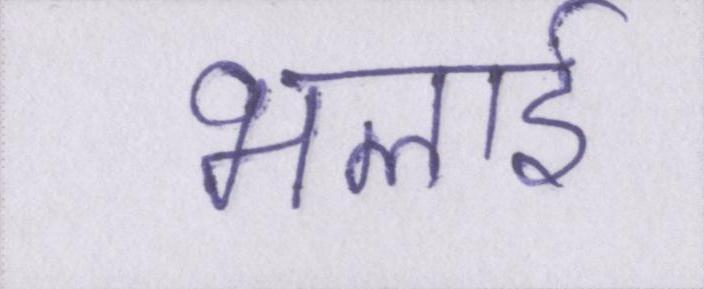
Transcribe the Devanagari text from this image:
भलाई